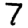
Digit: 7